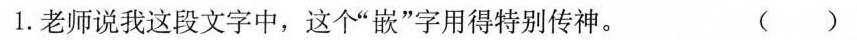
1.老师说我这段文字中，这个”嵌”字用得特别传神。（ ）